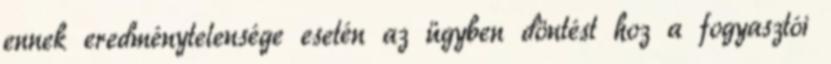
ennek eredménytelensége esetén az ügyben döntést hoz a fogyasztói